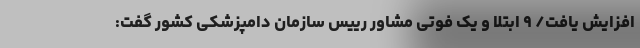
افزایش یافت/ ۹ ابتلا و یک فوتی مشاور رییس سازمان دامپزشکی کشور گفت: